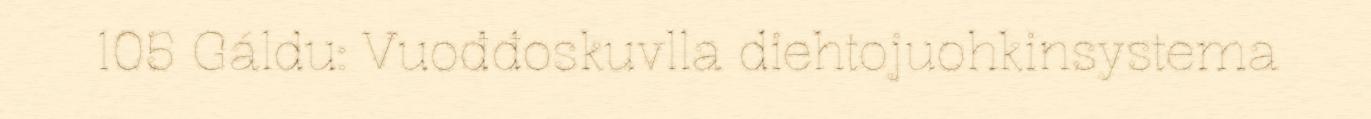
105 Gáldu: Vuođđoskuvlla diehtojuohkinsystema